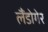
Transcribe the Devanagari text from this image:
लैंडोगेर